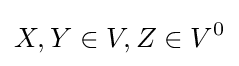
X,Y\in V,Z\in V^{0}